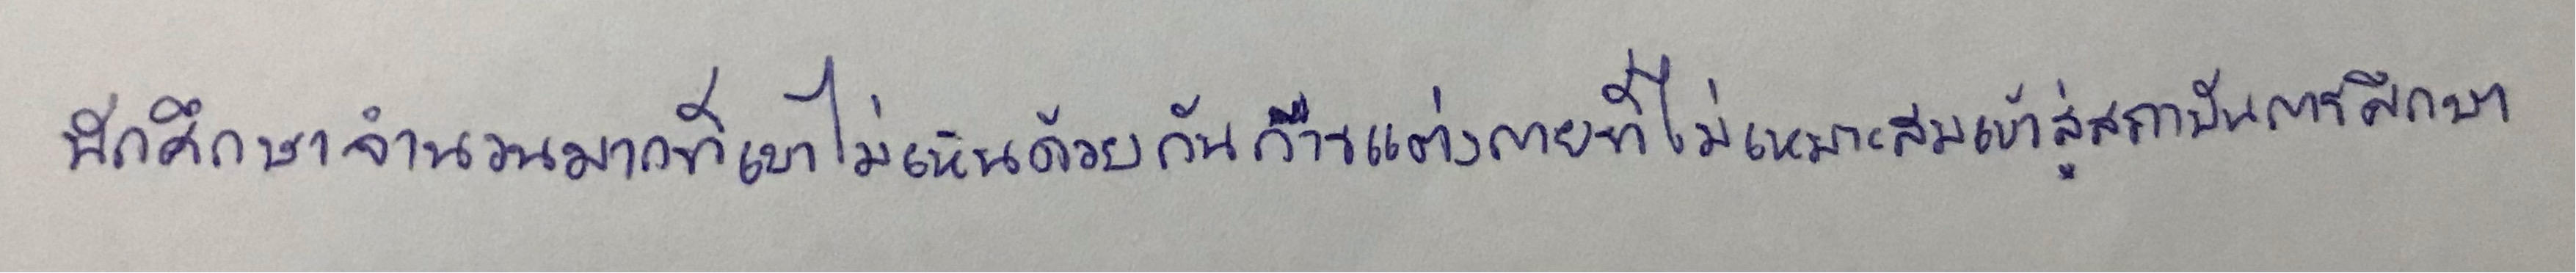
นักศึกษาจำนวนมากที่เขาไม่เห็นด้วยกับการแต่งกายที่ไม่เหมาะสมเข้าสู่สถาบันการศึกษา